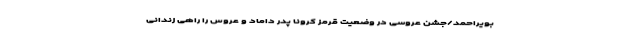
بویراحمد/جشن عروسی در وضعیت قرمز کرونا پدر داماد و عروس را راهی زندانی